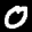
Label: 0